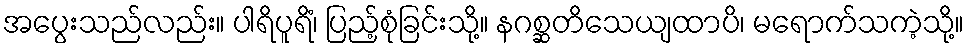
အပွေးသည်လည်း။ ပါရိပူရိံ၊ ပြည့်စုံခြင်းသို့။ နဂစ္ဆတိသေယျထာပိ၊ မရောက်သကဲ့သို့။